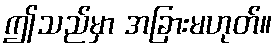
ဤသည်မှာ အခြားမဟုတ်။